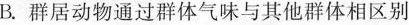
B.群居动物通过群体气味与其他群体相区别